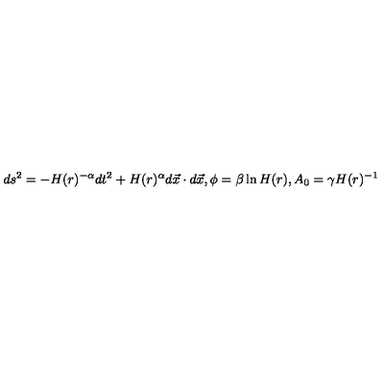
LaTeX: d s ^ { 2 } = - H ( r ) ^ { - \alpha } d t ^ { 2 } + H ( r ) ^ { \alpha } d \vec { x } \cdot d \vec { x } , \phi = \beta \ln H ( r ) , A _ { 0 } = \gamma H ( r ) ^ { - 1 }